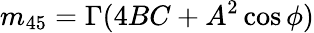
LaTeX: m_{45}=\Gamma(4BC+A^{2}\cos\phi)